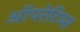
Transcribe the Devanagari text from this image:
ऑपरेटिव्स